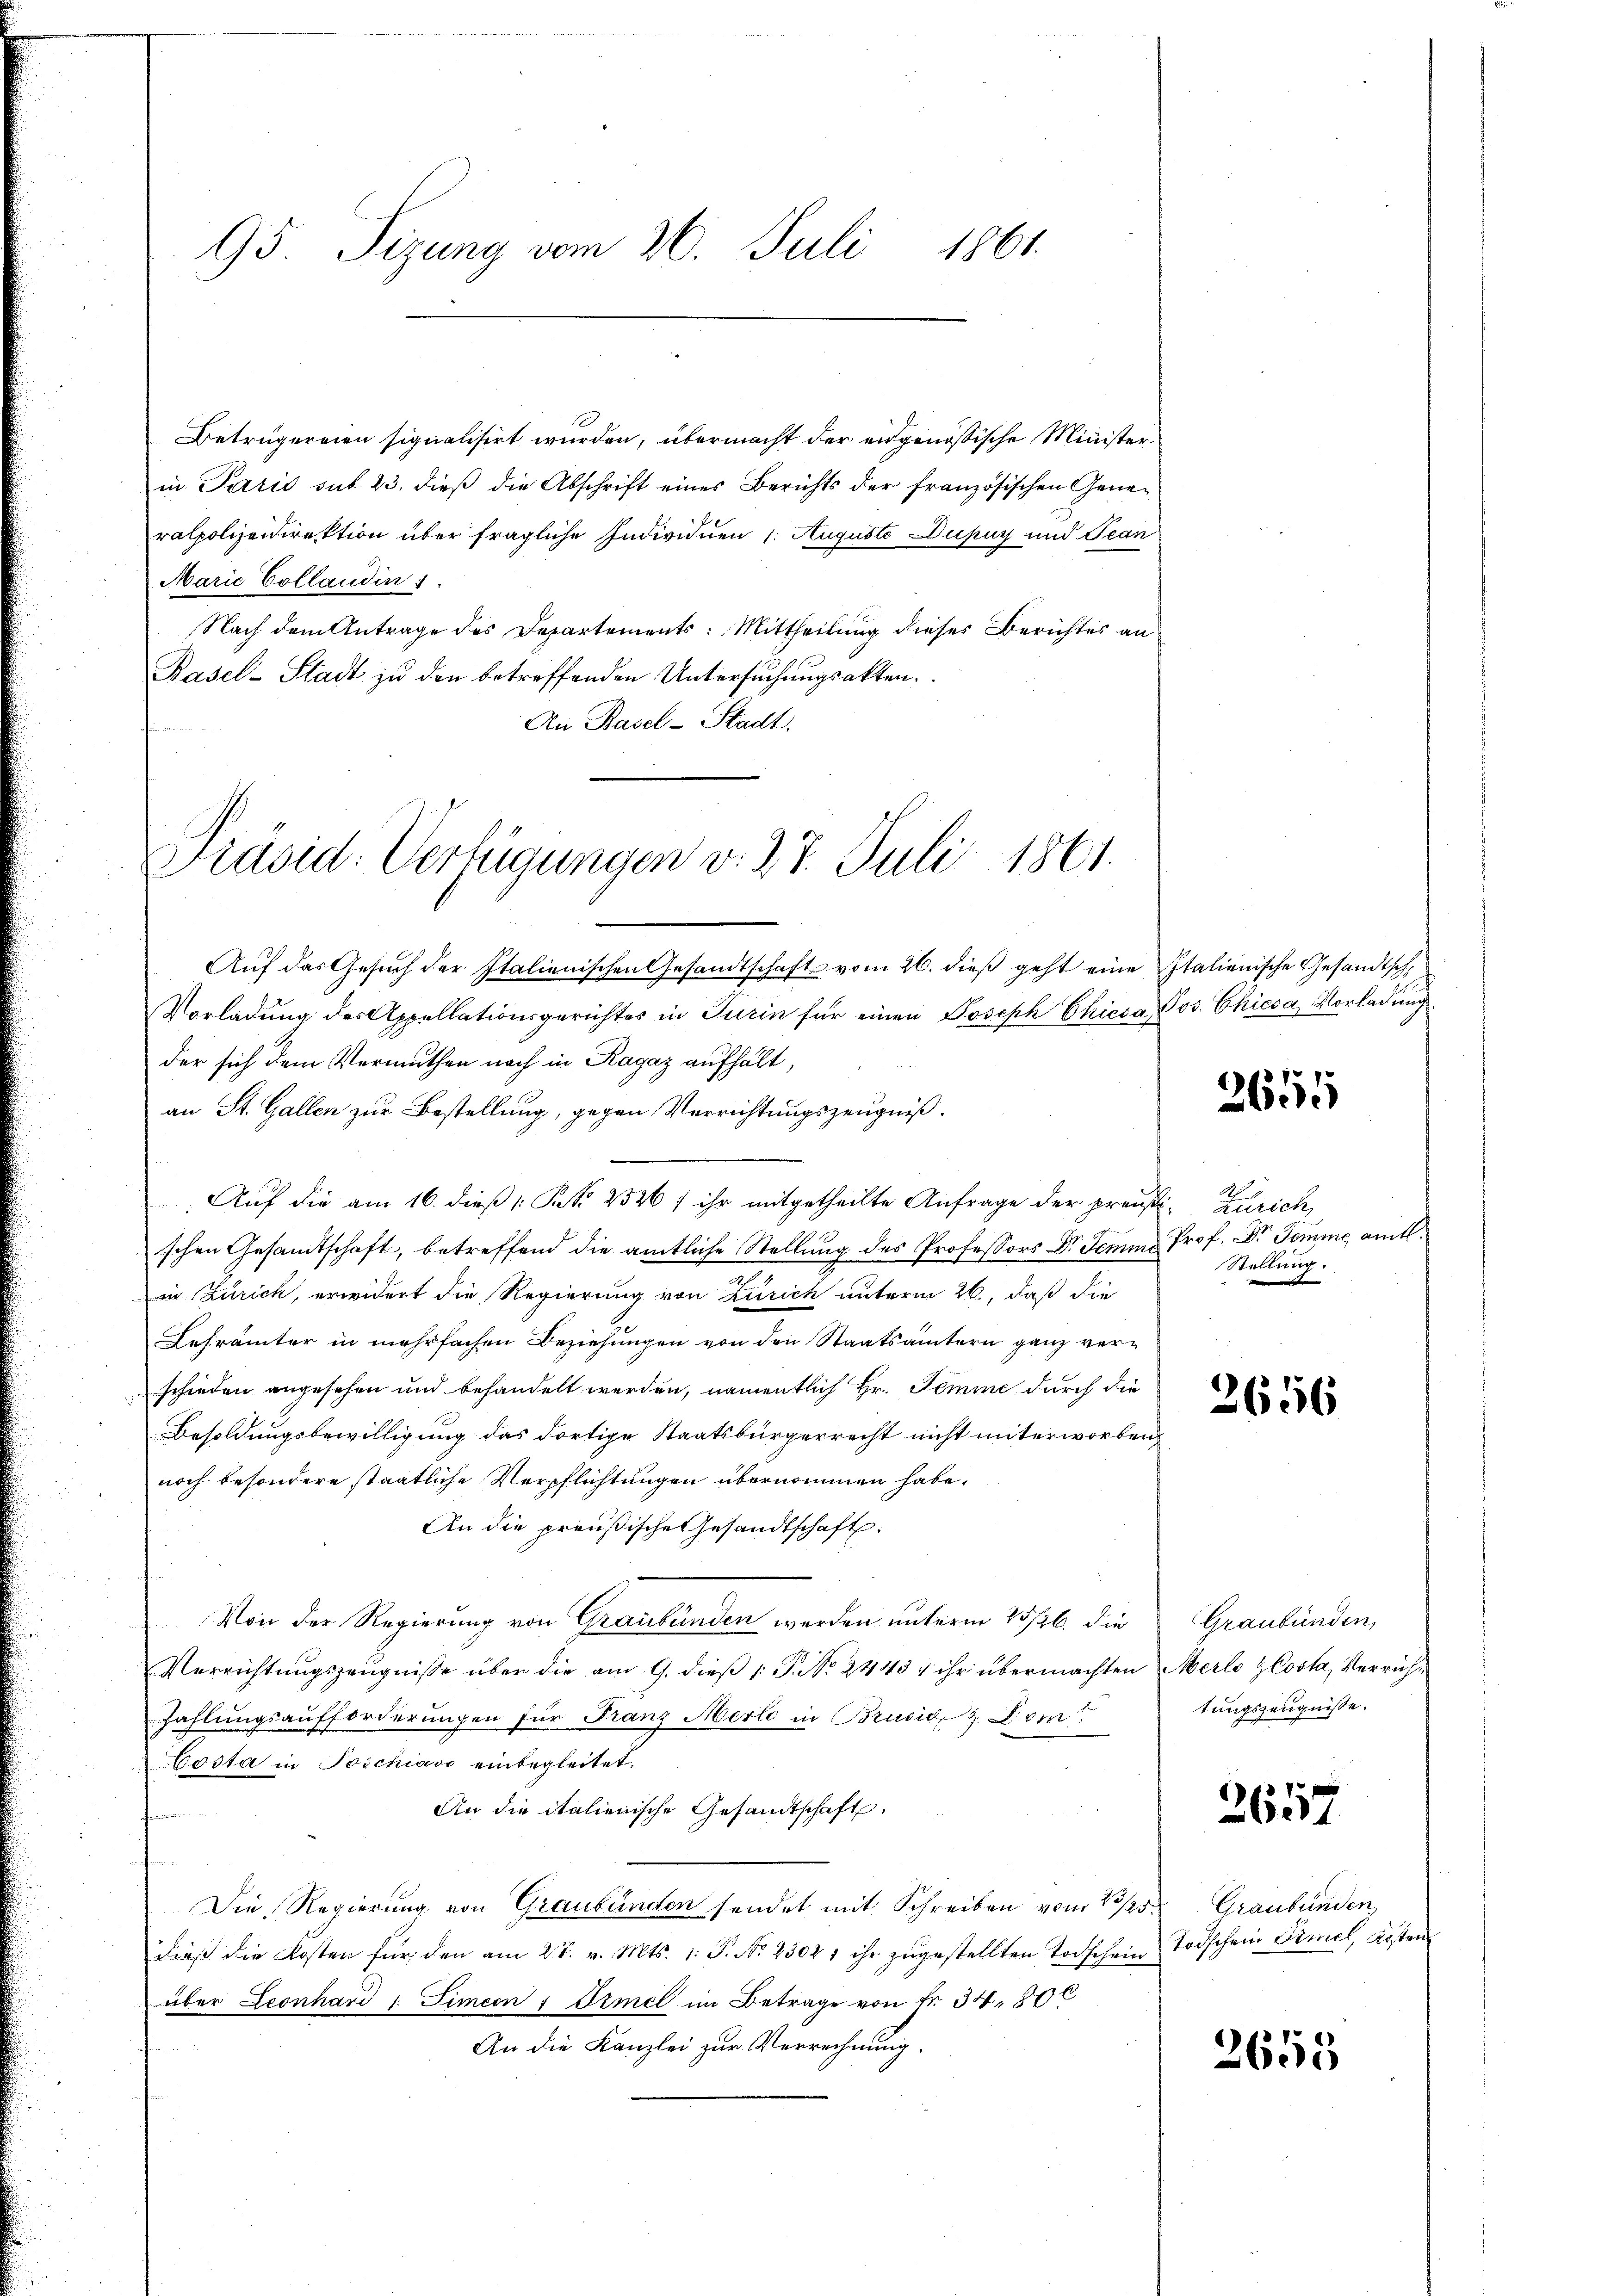
95. Sizung vom 26. Juli 1861.

Betrügereien signalisirt wurden, übermacht der eidgenössische Ministerin Paris sub. 23. dieβ die Abschrift eines Berichts der französischen Gener
ralpolizeidirektion über fragliche Individuen 1. August Dufay und Jean
Marie Collaudin
Nach dem Antrage des Departements: Mittheilung dieses Berichtes an
Basel-Stadt zu den betreffenden Untersuchungsakten.
An Basel-Stadt.

Präsid. Verfügungen v. 27. Juli 1861.

Aŭf das Gesŭch der Italienischen Gesandtschaft vom 26. dieβ geht eine Italienische Gesandtsch
Vorladung des Appellationsgerichtes in Turin für einen Joseph Chiesa, Jos. Chiesa, Vorladung
der sich dem Vermuthen nach in Ragaz aufhält,
an St. Gallen zur Bestellung, gegen Verrichtungszeugniß.
Auf die am 16. dieß (: P. 2526 f ihr mitgetheilte Anfrage der preußi- Zürich,
schen Gesandtschaft, betreffend die amtliche Stellung des Professors Dr. Semme Prof. Dr. Tomme amtl.
in (Zürich, erwidert die Regierung von Zürich unterm 26., daß die
Lehrämter in mehrfachen Beziehungen von den Staatsämtern ganz verschieden angesehen und behandelt werden, namentlich Hr. Temme durch die
Besoldungsbewilligung das dortige Staatsbürgerrecht nicht unterworben
noch besondere staatliche Verpflichtungen übernommen habe.
An die preußische Gesandtschaft.
Von der Regierung von Graubünden werden unterm 23/26. die
Verrichtungszeugnisse über die am 9. dieß 1. P. No. 2443 / ihr übermachten Merlo zCosta, Verrich¬
Zahlungsaufforderungen für Franz Merle in Brusid & Dem
Costa in Teichiavo einbegleitet.
An die italienische Gesandtschaft
s
Die Regierung von Graubünden sendet mit Schreiben vom 23/25.
dieß die Kosten für den am 27. v. Mts. 1. P. No 23021 ihr zugestellten Todschein
über Leonhard 1. Simeon 1 Ermel im Betrage von Fr. 34, 80
An die Kanzlei zur Verrechnung.

3655

Stellung.
e

2656

Graubünden,
tungszeugnisse.

2657

Graubünden,
Todschen Simel, Kosten

3655